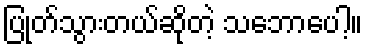
ပြုတ်သွားတယ်ဆိုတဲ့ သဘောပေါ့။